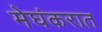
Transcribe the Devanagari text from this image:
मेघंकरात